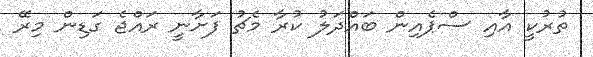
ތުރުކީ އާއި ސްޕެއިން ބައްދަލު ކުރާ މެޗު ފަށާނީ ރައްޖެ ގަޑިން މިރޭ